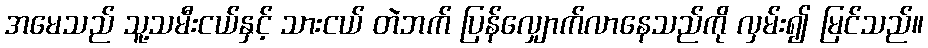
အမေသည် သူ့သမီးငယ်နှင့် သားငယ် တဲဘက် ပြန်လျှောက်လာနေသည်ကို လှမ်း၍ မြင်သည်။